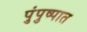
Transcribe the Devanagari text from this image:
पुंपुष्पात